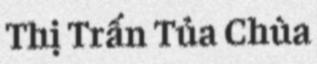
Thị Trấn Tủa Chùa